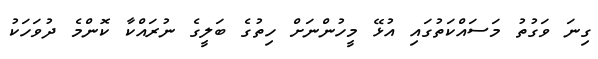
ގިނަ ވަގުތު މަސައްކަތުގައި އުޅޭ މީހުންނަށް ހިތުގެ ބަލީގެ ނުރައްކާ ކޮންމެ ދުވަހަކު